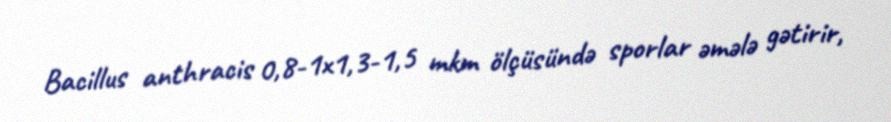
Bacillus anthracis 0,8-1x1,3-1,5 mkm ölçüsündə sporlar əmələ gətirir,